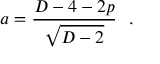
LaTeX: a = \frac { D - 4 - 2 p } { \sqrt { D - 2 } } ~ ~ .